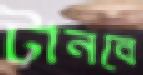
টানবে